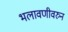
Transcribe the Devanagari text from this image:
भलावणीवरुन